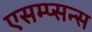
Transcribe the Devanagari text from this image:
एसम्प्सन्स